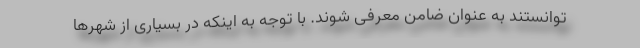
توانستند به عنوان ضامن معرفی شوند. با توجه به اینکه در بسیاری از شهرها